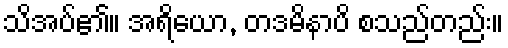
သိအပ်၏။ အရိယော, တဒမိနာပိ စသည်တည်း။